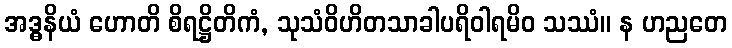
အဒ္ဓနိယံ ဟောတိ စိရဋ္ဌိတိကံ, သုသံဝိဟိတသာခါပရိဝါရမိဝ သဿံ။ န ဟညတေ